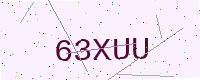
Text: 63XUU